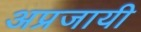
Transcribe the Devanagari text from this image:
अप्रजायी